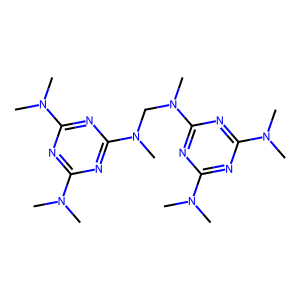
SMILES: CN(C)c1nc(N(C)C)nc(N(C)CN(C)c2nc(N(C)C)nc(N(C)C)n2)n1
Inhibits HIV replication: No